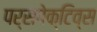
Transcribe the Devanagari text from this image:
पर्सपेक्टिव्स